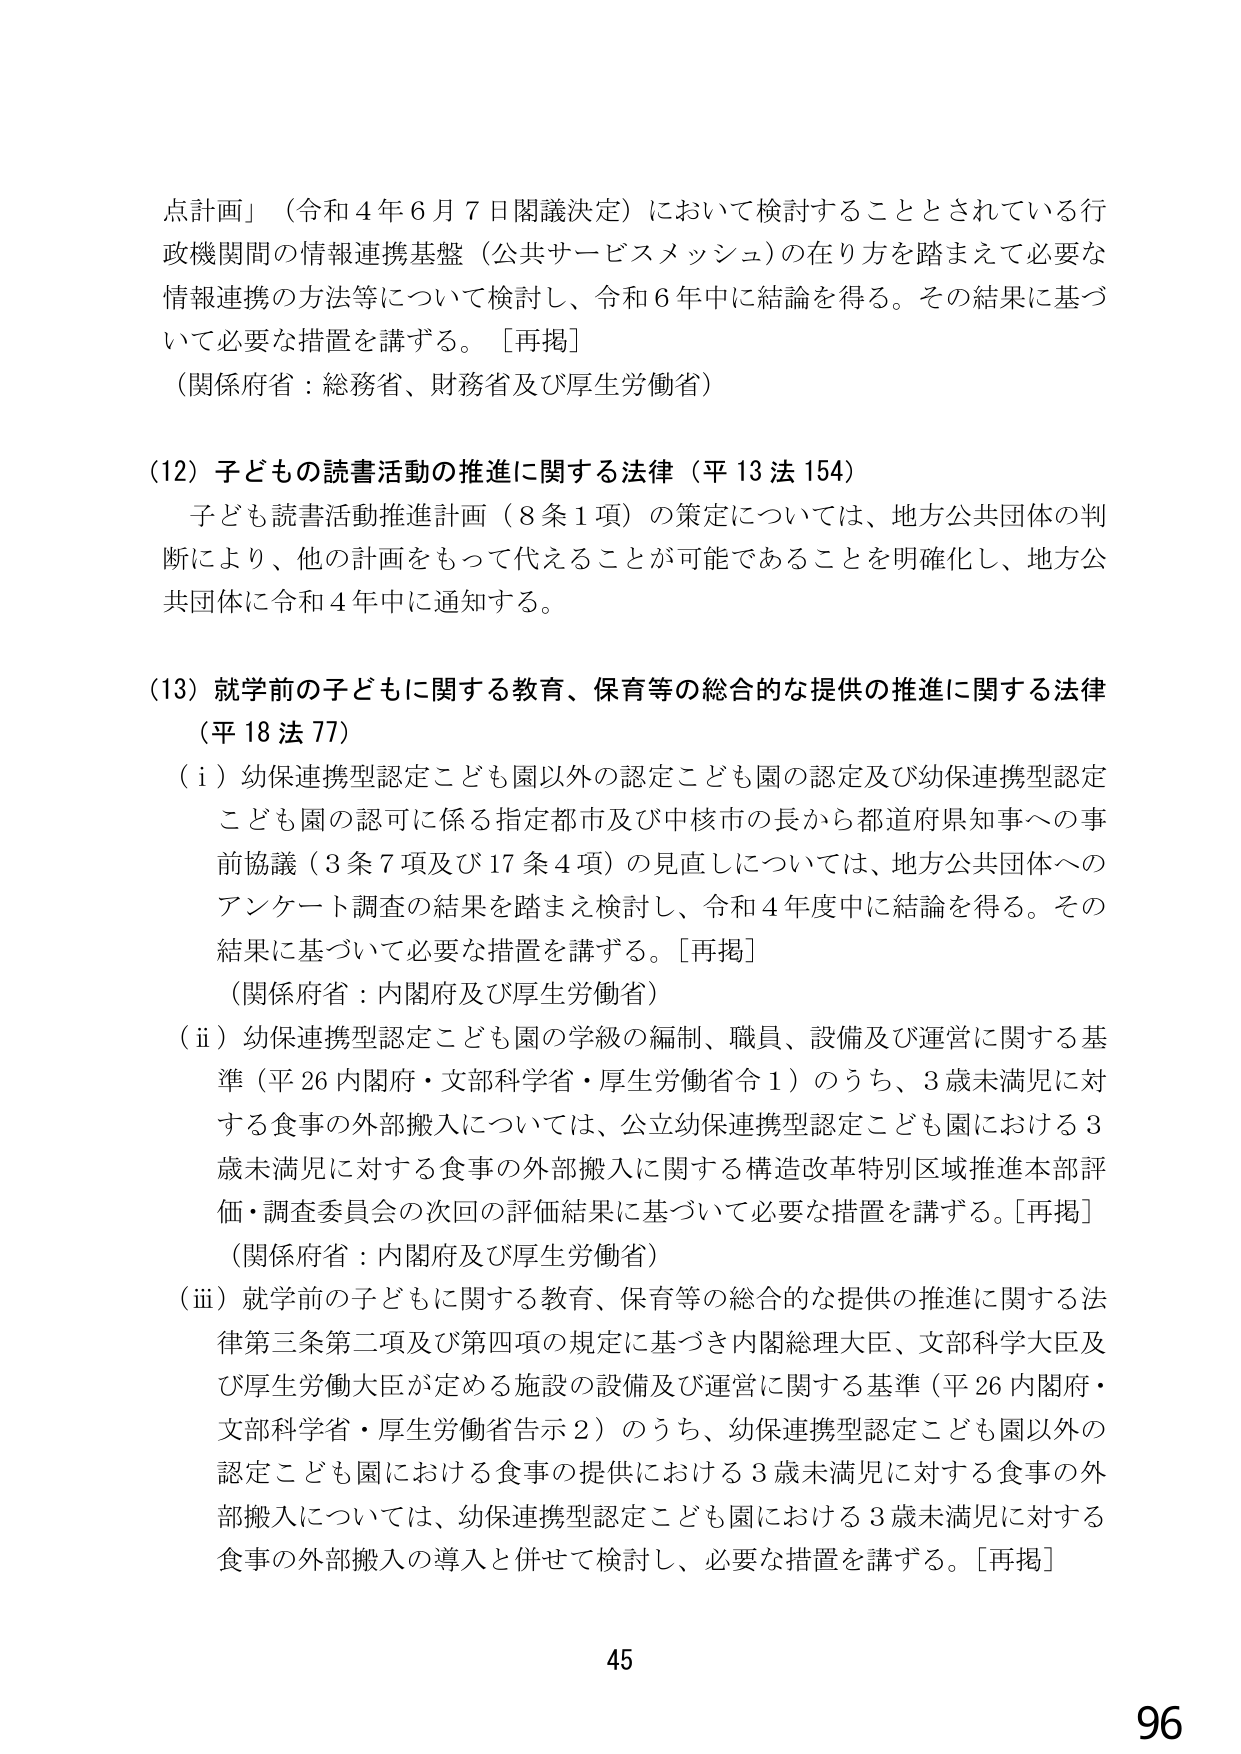
点計画」（令和４年６月７日閣議決定）において検討することとされている行政機関間の情報連携基盤（公共サービスメッシュ）の在り方を踏まえて必要な情報連携の方法等について検討し、令和６年中に結論を得る。その結果に基づいて必要な措置を講ずる。［再掲］
（関係府省：総務省、財務省及び厚生労働省）

（12）子どもの読書活動の推進に関する法律（平13法154）
　子ども読書活動推進計画（8条1項）の策定については、地方公共団体の判断により、他の計画をもって代えることが可能であることを明確化し、地方公共団体に令和4年中に通知する。

（13）就学前の子どもに関する教育、保育等の総合的な提供の推進に関する法律（平18法77）
　（i）幼保連携型認定こども園以外の認定こども園の認定及び幼保連携型認定こども園の認可に係る指定都市及び中核市の長から都道府県知事への事前協議（3条7項及び17条4項）の見直しについては、地方公共団体へのアンケート調査の結果を踏まえ検討し、令和4年度中に結論を得る。その結果に基づいて必要な措置を講ずる。［再掲］
　（関係府省：内閣府及び厚生労働省）
　（ii）幼保連携型認定こども園の学級の編制、職員、設備及び運営に関する基準（平26内閣府・文部科学省・厚生労働省令1）のうち、3歳未満児に対する食事の外部搬入については、公立幼保連携型認定こども園における3歳未満児に対する食事の外部搬入に関する構造改革特別区域推進本部評価・調査委員会の次回の評価結果に基づいて必要な措置を講ずる。［再掲］
　（関係府省：内閣府及び厚生労働省）
　（iii）就学前の子どもに関する教育、保育等の総合的な提供の推進に関する法律第三条第二項及び第四項の規定に基づき内閣総理大臣、文部科学大臣及び厚生労働大臣が定める施設の設備及び運営に関する基準（平26内閣府・文部科学省・厚生労働省告示2）のうち、幼保連携型認定こども園以外の認定こども園における食事の提供における3歳未満児に対する食事の外部搬入については、幼保連携型認定こども園における3歳未満児に対する食事の外部搬入の導入と併せて検討し、必要な措置を講ずる。［再掲］

45
96